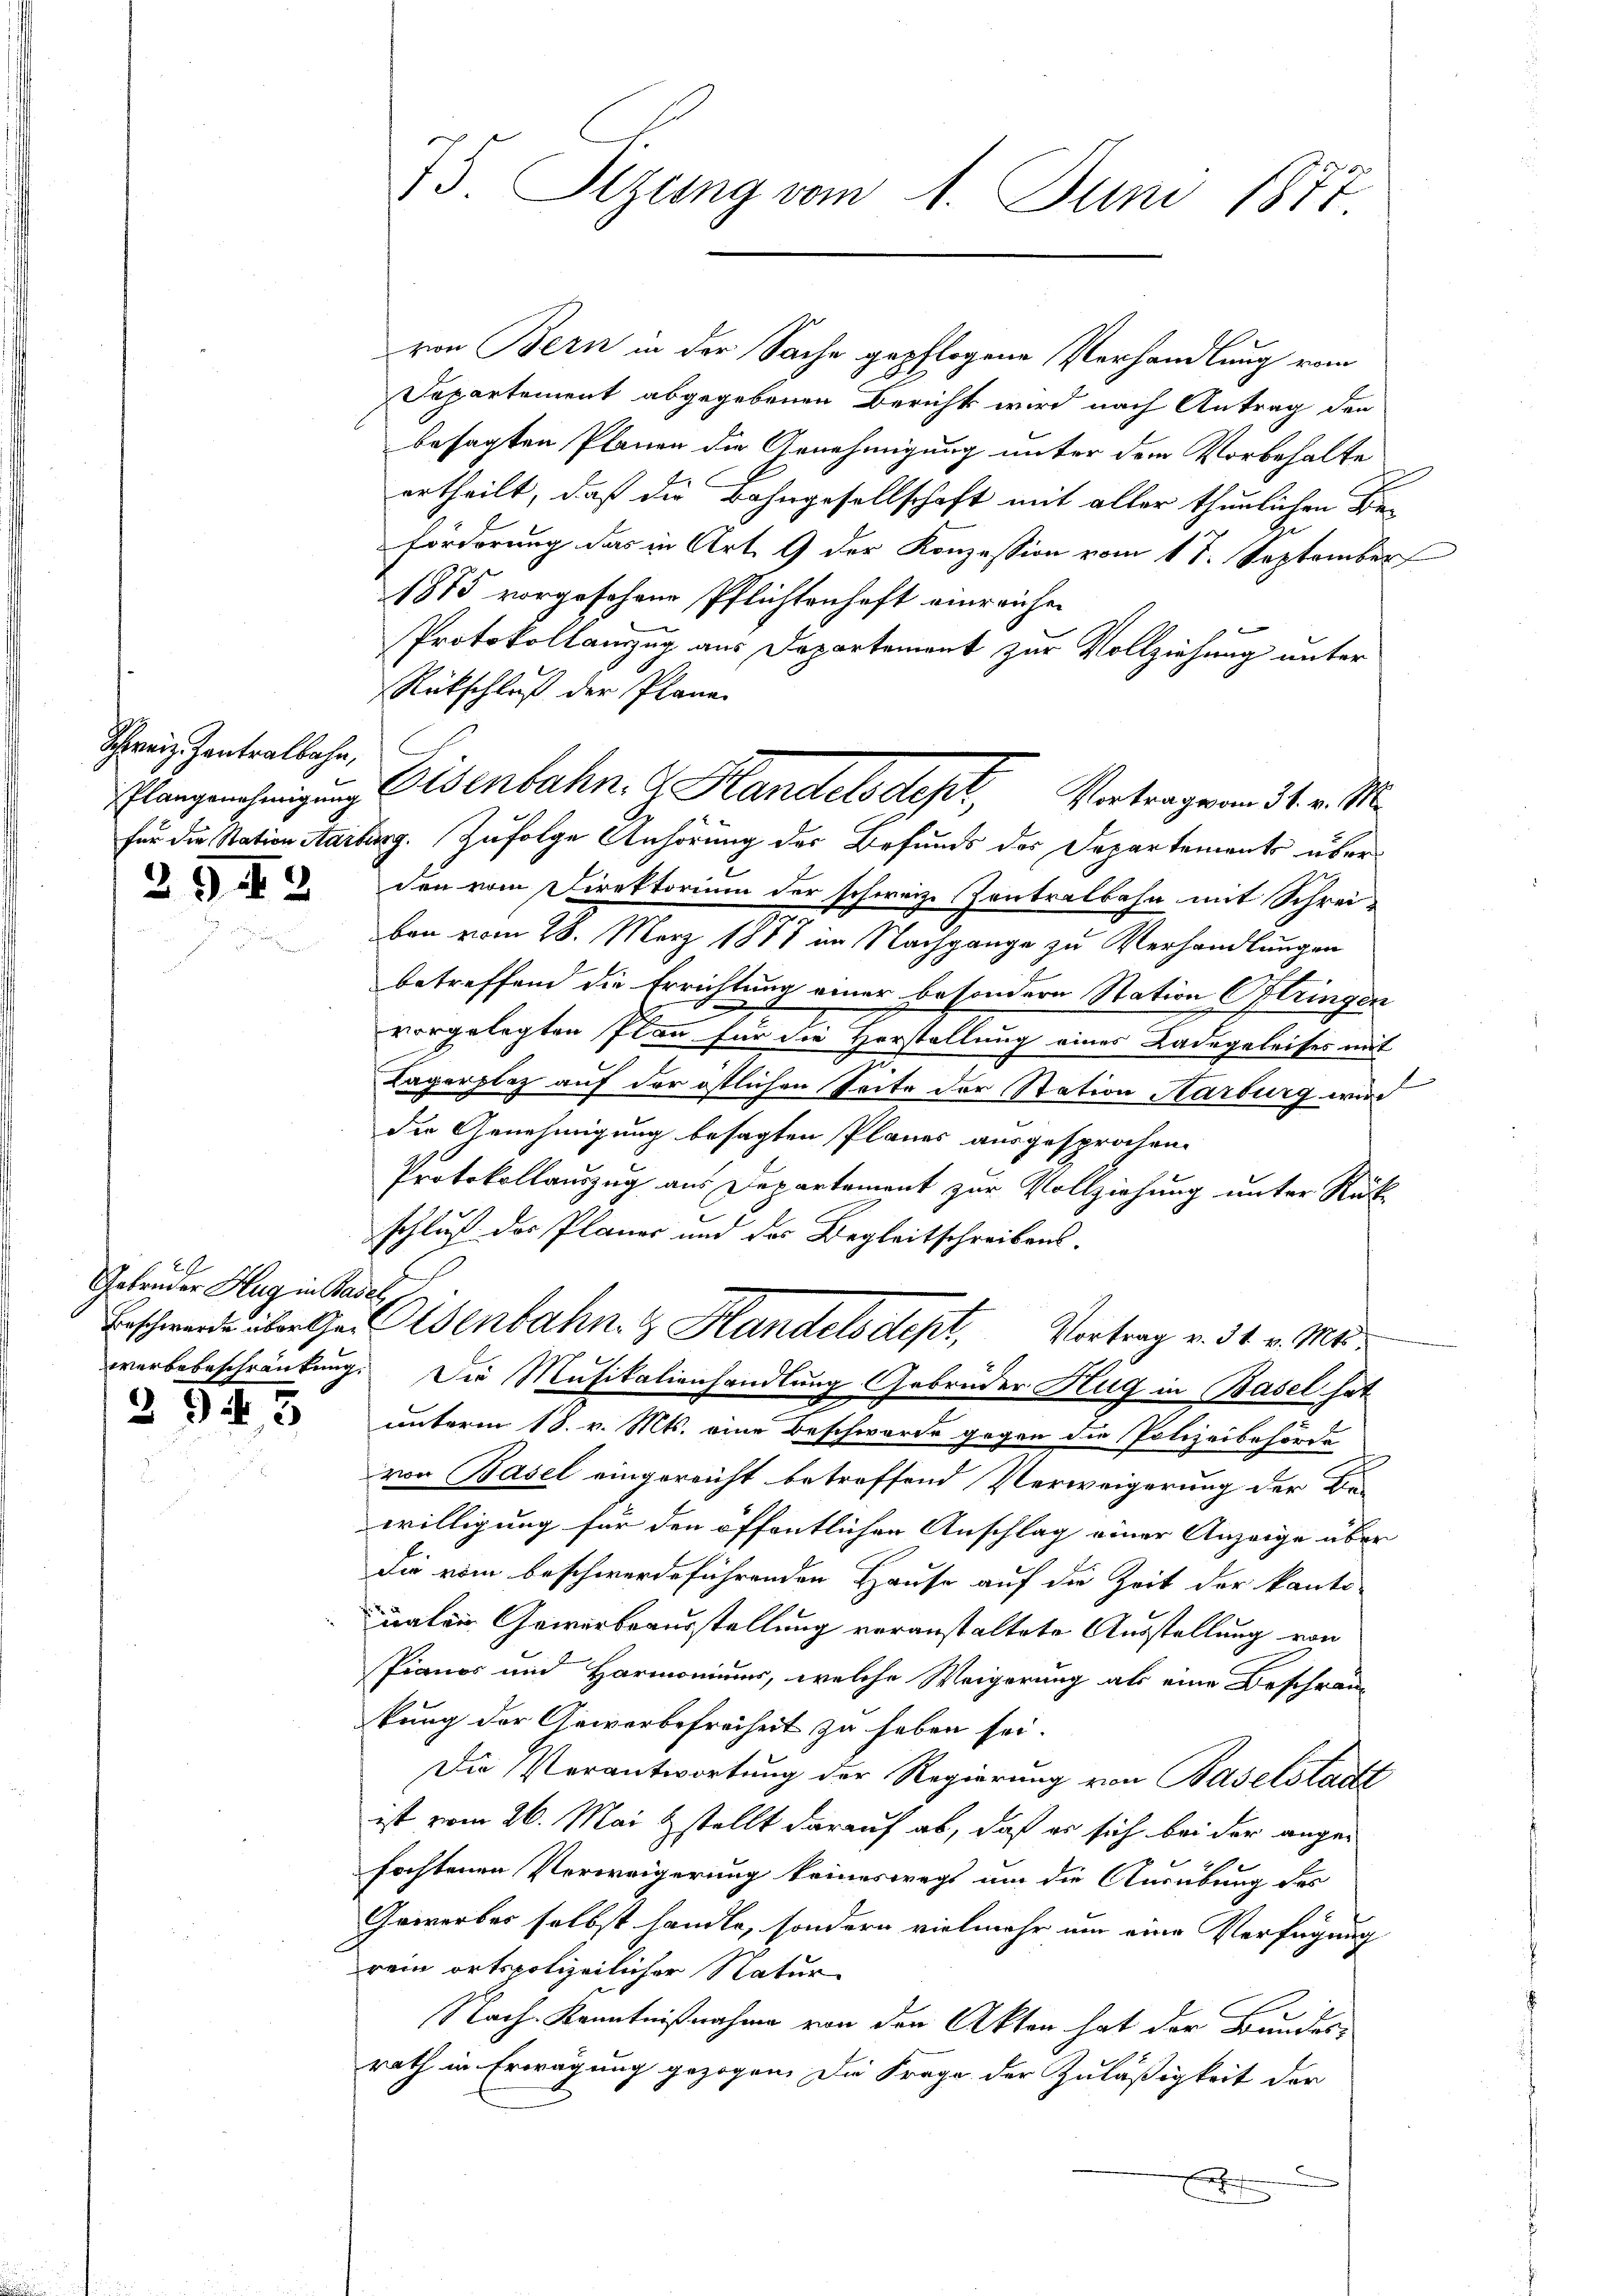
Schreiz Zentralbahn,

292

2
Gebrüder Hug in Basel.

2 943

75. Sizung vom 1. Juni 1887

von Bern in der Sache gepflogene Verhandlung vom
Dapartement abgegebenen Bericht wird nach Antrag den
besagten Planen die Genehmigung unter dem Vorbehalte
ertheilt, daß die Bahngesellschaft mit aller thunlichen Be-
förderung das in Art. 9 der Konzession vom 17. September
1875 vorgesehene Pflichtenhaft einreichen
Protokollanzug aus Departement zur Vollziehung unter
Rückschluß der Plane.
für die Station Aarburg. Zufolge Anhörung der Befunds der Departements überden vom Direktorium der schweiz. Zentralbahn mit Schrei-
ben vom 28. März 1887 im Nachgange zu Verhandlungen
betreffend die Errichtung einer besondern Station Oftringen
vorgelegten Plan für die Vorstellung eines Ladegeleises mit
Lagerplaz auf der östlichen Seite der Station Karburg wird
die Genehmigung besagten Planes ausgesprochen.
Protokollauszug aus Departement zur Vollziehung unter Rück-
schluß des Planer und des Begleitschreibens¬
Beschwerde über a. Osenbahn. Handelsdtept, Vortrag v. 31. v. Mt.
werbebeschränkung. Die Musikalienhandlung Gebrüder Hug in Basel hat
unterm 18. v. Mts. eine Beschwerde gegen die Polizeibehörde
von Basel eingereicht betreffend Verweigerung der Bewilligung für den öffentlichen Anschlag einer Anzeige über
Die vom beschwerdeführenden Hause auf die Zeit der kanto-
ualen Gewerbsausstellung veranstaltete Ausstellung von
Pianos und Harmoniums, welche Weigerung als eine Beschrän-
kung der Gewerbefreiheit zu haben sei.
Die Verantwortung der Regierung von Baselstadtt
ist vom 26. Mai & stellt darauf ab, daß es sich bei der ange-
fochtenen Verweigerung keineswegs um die Ausübung des
Gewerbes selbst handle, sondern vielmehr um eine Verfügung
rein ortspolizeilicher Natur
Nach Kenntnißnahme von den Akten hat der Bundes-
rath in Erwägung gezogen. Die Frage der Zuläßigkeit der
E

Plangenehmigung Eisenbahn. Handelsdept, Vertragen 31. v. M.